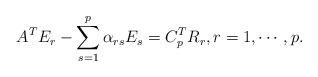
LaTeX: \begin{align*}A^T E_r - \sum_{s=1}^p \alpha_{rs} E_s=C_p^TR_r, r=1, \cdots, p. \end{align*}